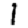
Digit: 1